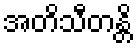
အတိသီတန္တိ